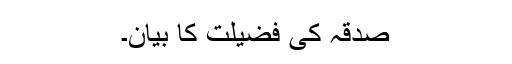
صدقہ کی فضیلت کا بیان۔